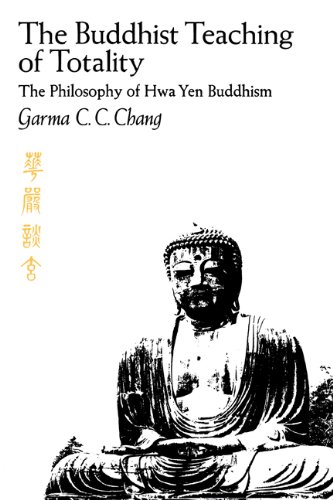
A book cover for The Buddhist Teaching of Totality: The Philosophy of Hwa Yen Buddhism; Garma C.C. Chang; Religion & Spirituality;